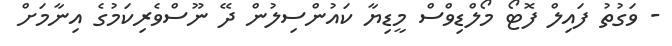
- ވަގުތު ފައިލް ފޮޓޯ މޯލްޑިވްސް މީޑިޔާ ކައުންސިލުން ދޭ ނޫސްވެރިކަމުގެ އިނާމަށް